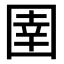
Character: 圉